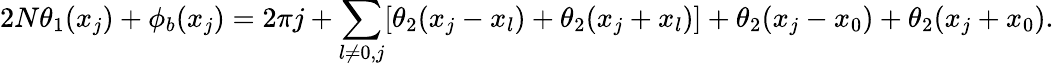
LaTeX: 2N\theta_{1}(x_{j})+\phi_{b}(x_{j})=2\pi j+\sum_{l\neq 0,j}[\theta_{2}(x_{j}-x_{l})+\theta_{2}(x_{j}+x_{l})]+\theta_{2}(x_{j}-x_{0})+\theta_{2}(x_{j}+x_{0}).